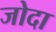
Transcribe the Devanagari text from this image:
जोदा